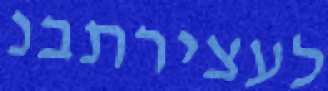
לעצירתבנ